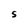
Character: S